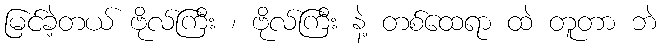
မြင်ခဲ့တယ် ဗိုလ်ကြီး ၊ ဗိုလ်ကြီး နဲ့ တစ်ထေရာ ထဲ တူတာ ဘဲ